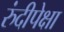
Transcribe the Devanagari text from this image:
रुंदीपेक्षा